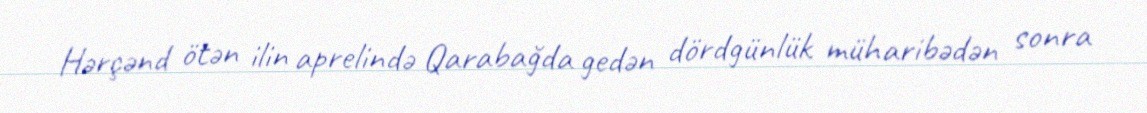
Hərçənd ötən ilin aprelində Qarabağda gedən dördgünlük müharibədən sonra